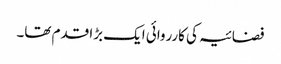
فضائیہ کی کارروائی ایک بڑا قدم تھا۔